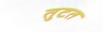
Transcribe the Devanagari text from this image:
तुटत